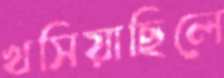
খসিয়াছিলে